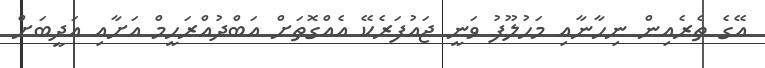
އޭގެ ތެރެއިން ނިހާނާއި މަހުލޫފު ވަނީ ޖައުފަރެކޭ އެއްގޮތަށް އަބްދުއްރަހީމް އަށާއި އަދީބަށް